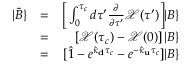
\begin{array} { r l r } { | \tilde { B } \} } & { = } & { \bigg [ \int _ { 0 } ^ { \tau _ { c } } d \tau ^ { \prime } \frac { \partial } { \partial \tau ^ { \prime } } \mathcal { X } ( \tau ^ { \prime } ) \bigg ] | B \} } \\ & { = } & { \left[ \mathcal { X } ( \tau _ { c } ) - \mathcal { X } ( 0 ) \right] | B \} } \\ & { = } & { [ \hat { 1 } - e ^ { \hat { \kappa } _ { \bf d } \tau _ { c } } - e ^ { - \hat { \kappa } _ { \bf u } \tau _ { c } } ] | B \} } \end{array}